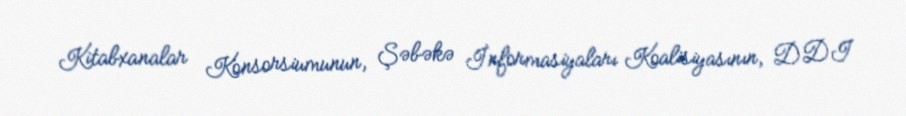
Kitabxanalar Konsorsiumunun, Şəbəkə İnformasiyaları Koalisiyasının, DDI